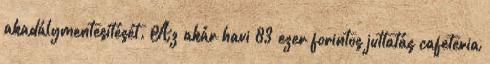
akadálymentesítését. Az akár havi 83 ezer forintos juttatás cafeteria